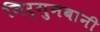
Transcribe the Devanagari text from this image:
निर्गुनबानी